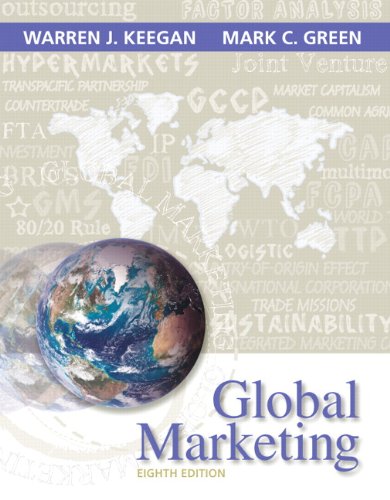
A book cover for Global Marketing (8th Edition); Warren J. Keegan; Business & Money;